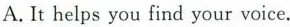
A.It helps you find your voice.